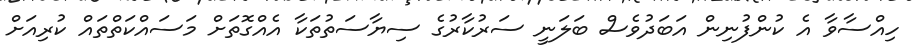
ހިއްސާވާ އެ ކުންފުނިން އަބަދުވެސް ބަލަނީ ސަރުކާރުގެ ސިޔާސަތުތަކާ އެއްގޮތަށް މަސައްކަތްތައް ކުރިއަށް